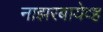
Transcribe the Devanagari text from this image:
नाझरबायेव्ह